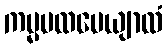
ကမ္မပထပေယျာလံ